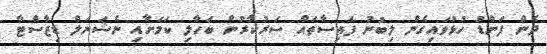
ދެން ފަންޑު ހުޅުވައިގެން ލިބުނު ފައިސާތައް ސަރުކާރުން ބަހާލި ކަމަށާއި ނެޝަނަލް ޑިޒާސްޓާ